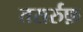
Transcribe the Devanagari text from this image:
तसर्रुफ़